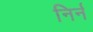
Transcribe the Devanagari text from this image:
निर्न